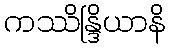
ကဿိန္ဒြိယာနိ